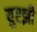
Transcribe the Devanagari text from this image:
युएझी